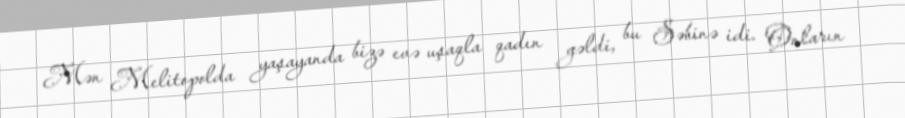
Mən Melitopolda yaşayanda bizə evə uşaqla qadın gəldi, bu Səbinə idi. Onların